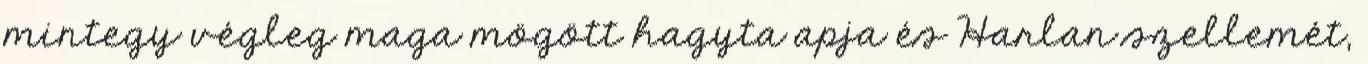
mintegy végleg maga mögött hagyta apja és Harlan szellemét,